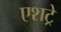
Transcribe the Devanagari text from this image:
एशट्रे